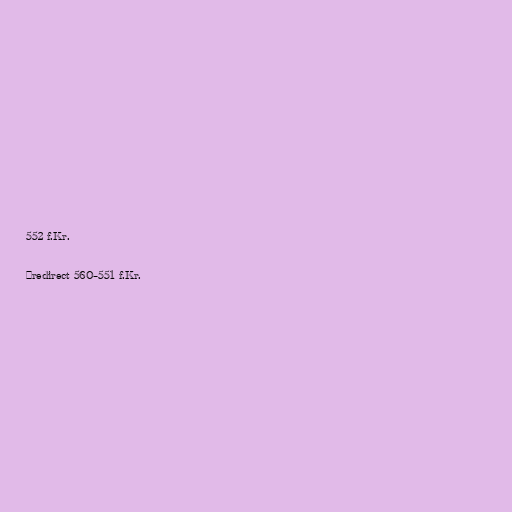
552 f.Kr.

#redirect 560–551 f.Kr.